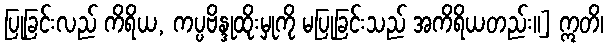
ပြုခြင်းလည် ကိရိယ, ကပ္ပဗိန္ဒုထိုးမှုကို မပြုခြင်းသည် အကိရိယတည်း။] ဣတိ၊